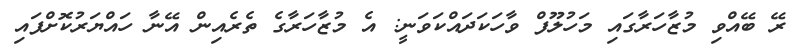
ރޭ ބޭއްވި މުޒާހަރާގައި މަހުލޫފް ވާހަކަދައްކަަވަނީ: އެ މުޒާހަރާގެ ތެރެއިން އޭނާ ހައްޔަރުކޮށްފައި